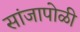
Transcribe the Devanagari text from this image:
सांजापोळी